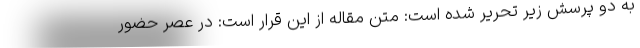
به دو پرسش زیر تحریر شده است: متن مقاله از این قرار است: در عصر حضور